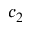
c _ { 2 }